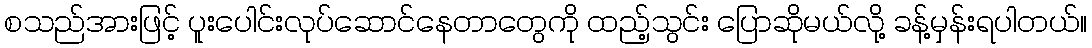
စသည်အားဖြင့် ပူးပေါင်းလုပ်ဆောင်နေတာတွေကို ထည့်သွင်း ပြောဆိုမယ်လို့ ခန့်မှန်းရပါတယ်။